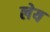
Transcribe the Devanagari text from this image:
लेय